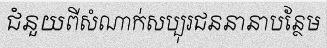
ជំនួយពីសំណាក់សប្បុរជននានាបន្ថែម